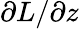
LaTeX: \partial L/\partial z